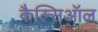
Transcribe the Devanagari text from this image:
कैल्सिऑल